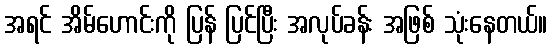
အရင် အိမ်ဟောင်းကို ပြန် ပြင်ပြီး အလုပ်ခန်း အဖြစ် သုံးနေတယ်။